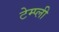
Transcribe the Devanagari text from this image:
टेम्प्ली